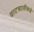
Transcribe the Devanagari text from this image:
वाटचालीकडे